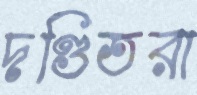
দণ্ডিতরা